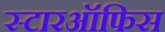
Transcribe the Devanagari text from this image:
स्टारऑफिस